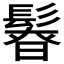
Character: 𩭻